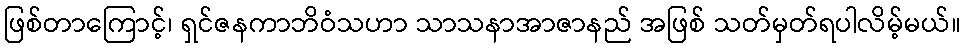
ဖြစ်တာကြောင့်၊ ရှင်ဇနကာဘိဝံသဟာ သာသနာအာဇာနည် အဖြစ် သတ်မှတ်ရပါလိမ့်မယ်။